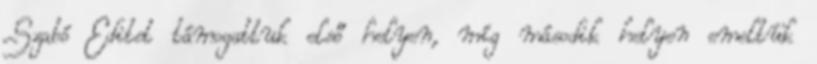
Szabó Editet támogattuk első helyen, míg második helyen emeltük